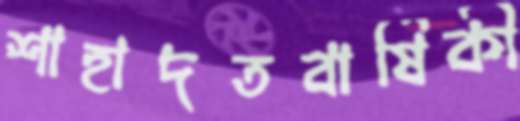
শাহাদতবার্ষিকী